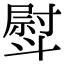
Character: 𣂊